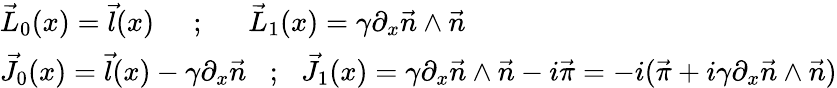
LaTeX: \begin{array}{ll}{{\vec{L}_{0}(x)=\vec{l}(x)\; \; \; \; \; {;}\; \; \; \; \; \; \vec{L}_{1}(x)=\gamma\partial_{x}\vec{n}\wedge\vec{n}}}\\ {{\vec{J}_{0}(x)=\vec{l}(x)-\gamma\partial_{x}\vec{n}\; \; \; {;}\; \; \; \vec{J}_{1}(x)=\gamma\partial_{x}\vec{n}\wedge\vec{n}-i\vec{\pi}=-i(\vec{\pi}+i\gamma\partial_{x}\vec{n}\wedge\vec{n})}}\end{array}